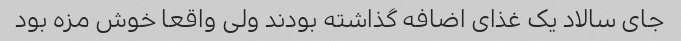
جای سالاد یک غذای اضافه گذاشته بودند ولی واقعا خوش مزه بود